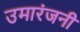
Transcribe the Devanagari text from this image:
उमारंजनी